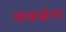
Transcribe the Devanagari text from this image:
फंकब्रेला